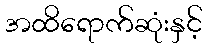
အထိရောက်ဆုံးနှင့်